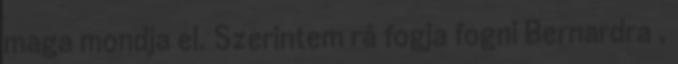
maga mondja el. Szerintem rá fogja fogni Bernardra ,